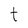
Character: t